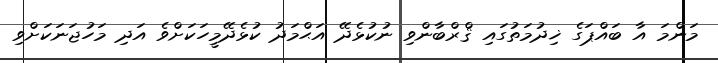
މަންމަ އާ ބައްޕަގެ ޚިދުމަތުގައި ޤްރްބާންވި ނުކުޅެދޭ އަޙްމަދު ކުޅެދޭމީހަކަށްވެ އަދި މަހުޖަނަކަށްވި